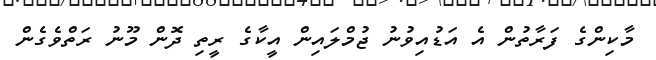
މާކިންގެ ފަރާތުން އެ އަޑުއިވުނު ޖުމްލައިން އީކާގެ ރީތި ދޮން މޫނު ރަތްވެގެން